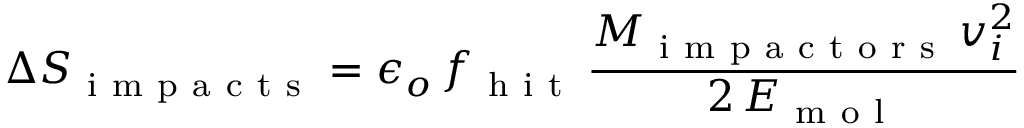
\Delta S _ { \mathrm { ~ i ~ m ~ p ~ a ~ c ~ t ~ s ~ } } = \epsilon _ { o } \, f _ { \mathrm { ~ h ~ i ~ t ~ } } \, \frac { M _ { \mathrm { ~ i ~ m ~ p ~ a ~ c ~ t ~ o ~ r ~ s ~ } } \, v _ { i } ^ { 2 } } { 2 \, E _ { \mathrm { ~ m ~ o ~ l ~ } } }